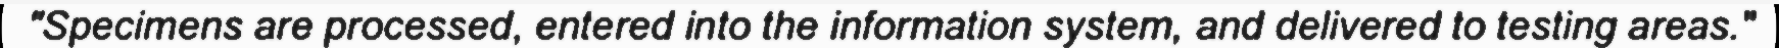
"Specimens are processed, entered into the information system, and delivered to testing areas."